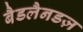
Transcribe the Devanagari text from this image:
बैडलैनडज़